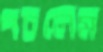
পচলেম